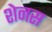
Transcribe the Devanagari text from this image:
शेनस